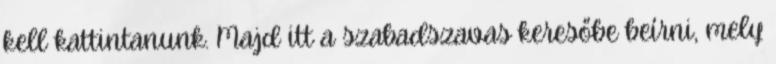
kell kattintanunk. Majd itt a szabadszavas keresőbe beírni, mely